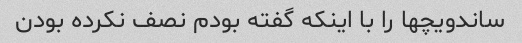
ساندویچها را با اینکه گفته بودم نصف نکرده بودن